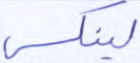
لينكس